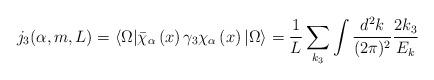
LaTeX: \begin{align*}j_{3}(\alpha,m,L)=\langle \Omega|\bar{\chi}_{\alpha} \left(x\right)\gamma_{3}\chi_{\alpha}\left(x\right)|\Omega\rangle = \frac{1}{L}\sum_{k_{3}} \int\frac{d^{2}k}{(2\pi)^{2}} \frac{2 k_{3}}{E_{k}}\end{align*}